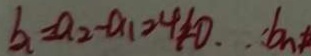
b _ { n } = a _ { 2 } - a _ { 1 } 2 4 \neq 0 . \therefore b _ { n }